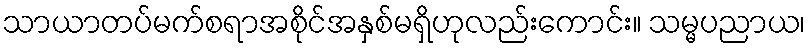
သာယာတပ်မက်စရာအစိုင်အနှစ်မရှိဟုလည်းကောင်း။ သမ္မပညာယ၊